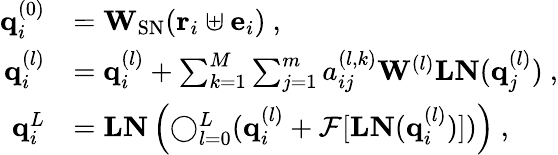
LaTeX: \begin{array}{rl}{\mathbf{q}_{i}^{(0)}}&{=\mathbf{W}_{\mathrm{SN}}(\mathbf{r}_{i}\uplus\mathbf{e}_{i})~,}\\ {\mathbf{q}_{i}^{(l)}}&{=\mathbf{q}_{i}^{(l)}+\sum_{k=1}^{M}\sum_{j=1}^{m}a_{ij}^{(l,k)}\mathbf{W}^{(l)}\mathbf{LN}(\mathbf{q}_{j}^{(l)})~,}\\ {\mathbf{q}_{i}^{L}}&{=\mathbf{LN}\left(\mathbf{\bigcirc}_{l=0}^{L}(\mathbf{q}_{i}^{(l)}+\mathcal{F}[\mathbf{LN}(\mathbf{q}_{i}^{(l)})])\right)~,}\end{array}